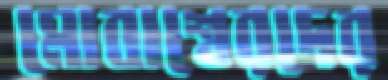
মোবাশ্বেরদের